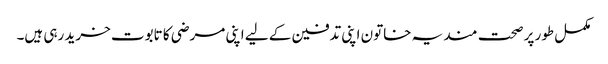
مکمل طور پر صحت مند یہ خاتون اپنی تدفین کے لیے اپنی مرضی کا تابوت خرید رہی ہیں۔